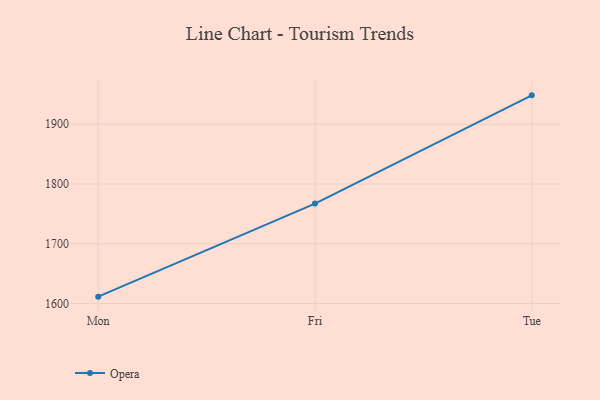
{"axis": {"x": "Day", "y": "Market Share (%)"}, "legend": ["Opera"], "data": [{"x": "Mon", "y": 1611.5, "type": "Opera"}, {"x": "Fri", "y": 1767.3, "type": "Opera"}, {"x": "Tue", "y": 1948.4, "type": "Opera"}]}